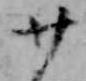
廿